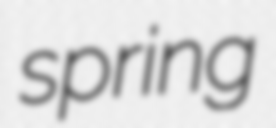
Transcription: spring